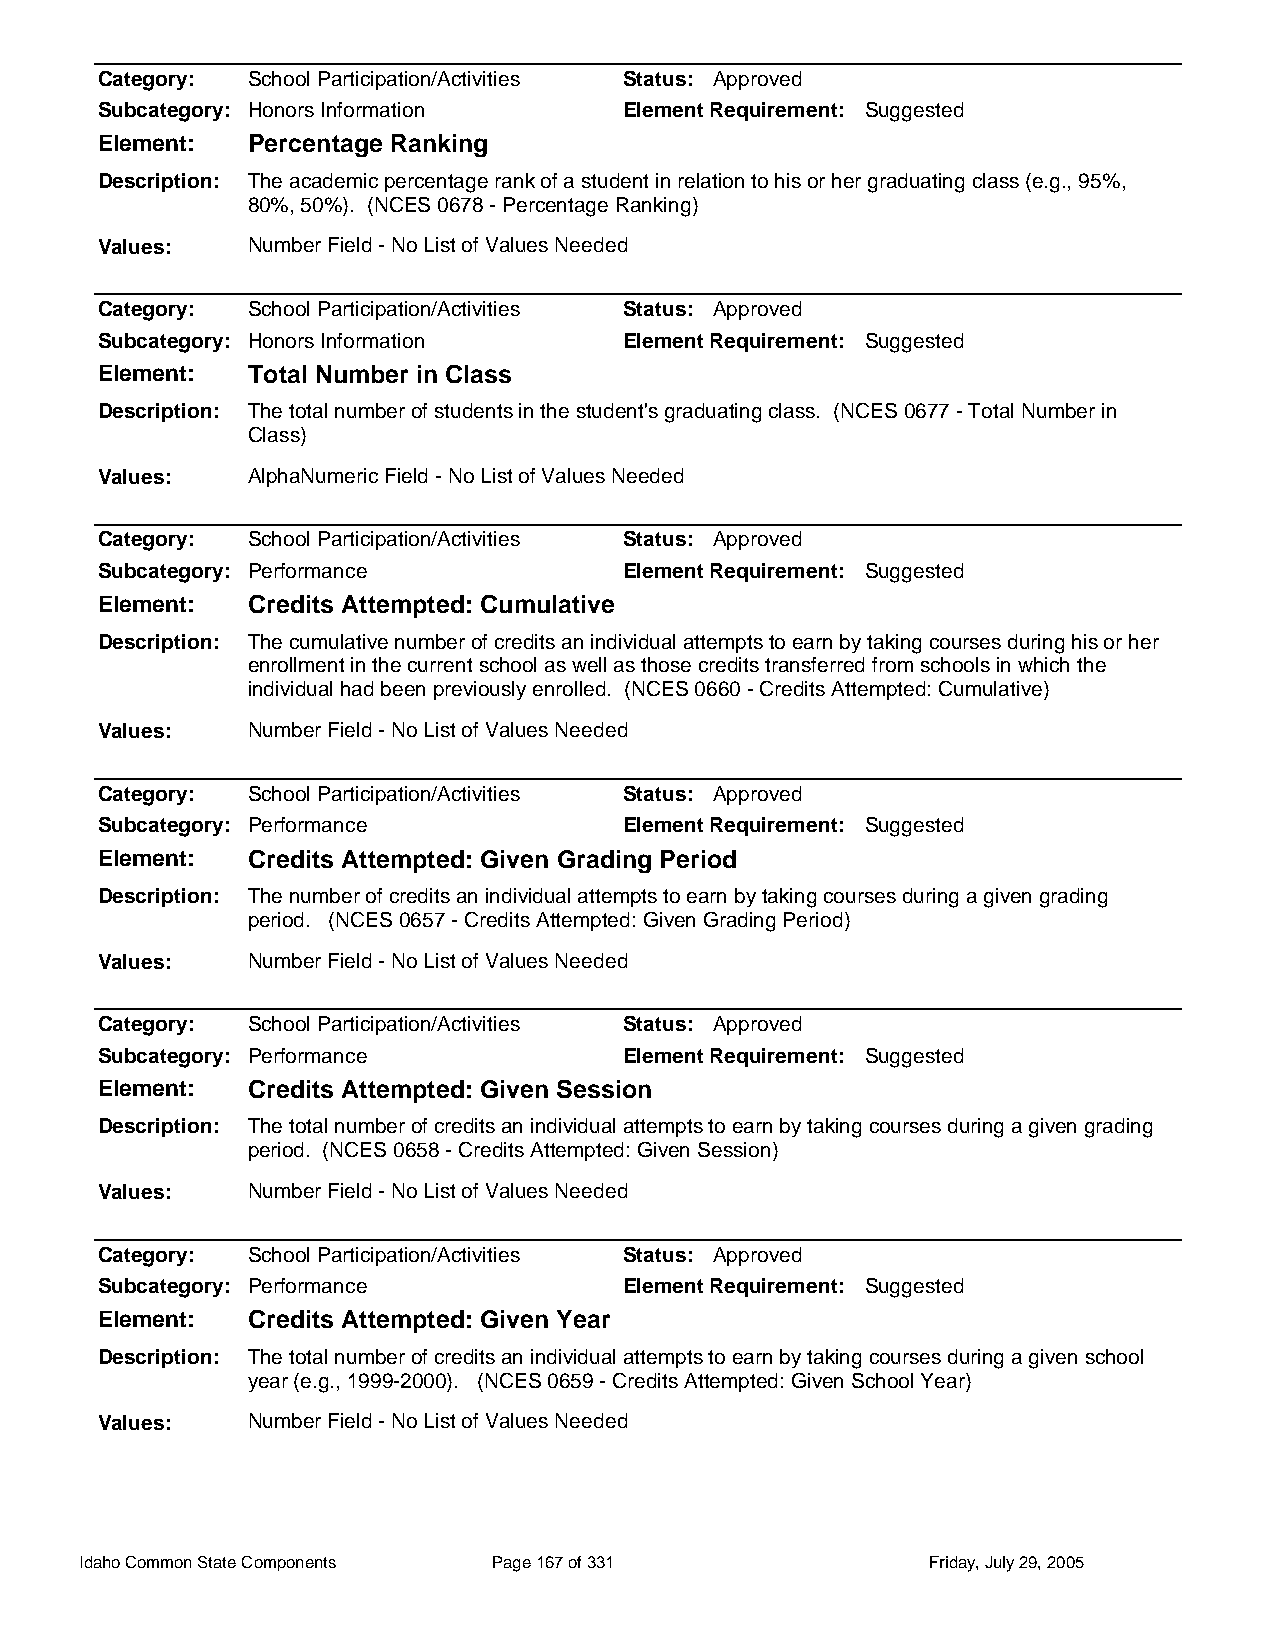
Category: School Participation/Activities Status: Approved
 Subcategory: Honors Information    Element Requirement: Suggested
 Element:  Percentage Ranking
 Description: The academic percentage rank of a student in relation to his or her graduating class (e.g., 95%,
 80%, 50%). (NCES 0678 - Percentage Ranking)
 Values:   Number Field - No List of Values Needed
 Category: School Participation/Activities Status: Approved
 Subcategory: Honors Information    Element Requirement: Suggested
 Element:  Total Number in Class
 Description: The total number of students in the student's graduating class. (NCES 0677 - Total Number in
 Class)
 Values:   AlphaNumeric Field - No List of Values Needed
 Category: School Participation/Activities Status: Approved
 Subcategory: Performance           Element Requirement: Suggested
 Element:  Credits Attempted: Cumulative
 Description: The cumulative number of credits an individual attempts to earn by taking courses during his or her
 enrollment in the current school as well as those credits transferred from schools in which the
 individual had been previously enrolled. (NCES 0660 - Credits Attempted: Cumulative)
 Values:   Number Field - No List of Values Needed
 Category: School Participation/Activities Status: Approved
 Subcategory: Performance           Element Requirement: Suggested
 Element:  Credits Attempted: Given Grading Period
 Description: The number of credits an individual attempts to earn by taking courses during a given grading
 period. (NCES 0657 - Credits Attempted: Given Grading Period)
 Values:   Number Field - No List of Values Needed
 Category: School Participation/Activities Status: Approved
 Subcategory: Performance           Element Requirement: Suggested
 Element:  Credits Attempted: Given Session
 Description: The total number of credits an individual attempts to earn by taking courses during a given grading
 period. (NCES 0658 - Credits Attempted: Given Session)
 Values:   Number Field - No List of Values Needed
 Category: School Participation/Activities Status: Approved
 Subcategory: Performance           Element Requirement: Suggested
 Element:  Credits Attempted: Given Year
 Description: The total number of credits an individual attempts to earn by taking courses during a given school
 year (e.g., 1999-2000). (NCES 0659 - Credits Attempted: Given School Year)
 Values:   Number Field - No List of Values Needed
 Idaho Common State Components Page 167 of 331           Friday, July 29, 2005